画像に写った文字を読んでください
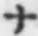
「ナ」と書いてあります